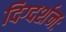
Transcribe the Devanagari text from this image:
दिग्दर्शनः